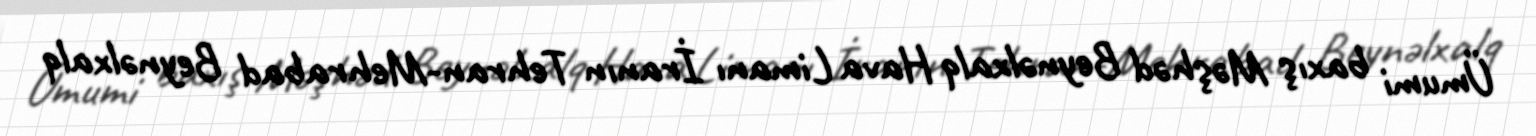
Ümumi baxış Məşhəd Beynəlxalq Hava Limanı İranın Tehran-Mehrabad Beynəlxalq